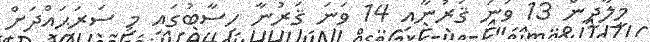
މީލާދީން 13 ވަނަ ޤަރުނާއި 14 ވަނަ ޤަރުނާ ހިސާބުގައި މި ސަރަޙައްދަށް